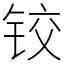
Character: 铰